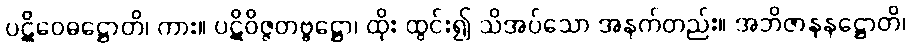
ပဋိဝေဓဋ္ဌောတိ၊ ကား။ ပဋိဝိဇ္ဇတဗ္ဗဋ္ဌော၊ ထိုး ထွင်း၍ သိအပ်သော အနက်တည်း။ အဘိဇာနနဋ္ဌောတိ၊